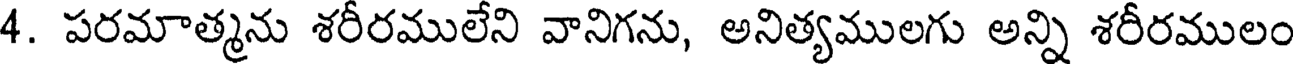
4. పరమాత్మను శరీరములేని వానిగను, అనిత్యములగు అన్ని శరీరములం